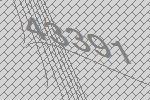
43391